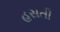
હસતી